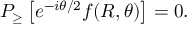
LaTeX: { \cal P } _ { \geq } \left[ e ^ { - i \theta / 2 } f ( R , \theta ) \right] = 0 .